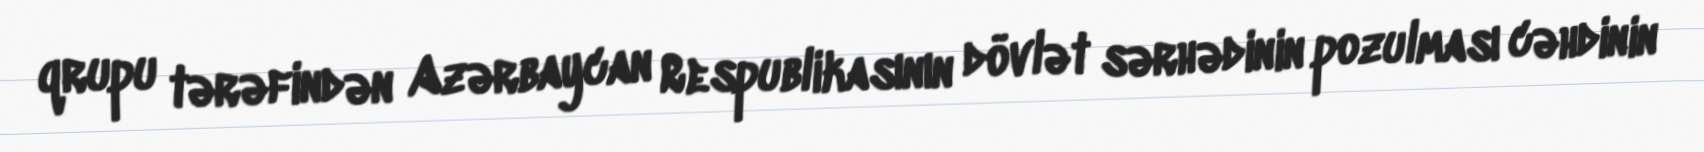
qrupu tərəfindən Azərbaycan Respublikasının dövlət sərhədinin pozulması cəhdinin